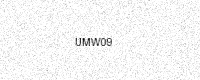
Text: UMW09